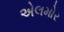
એલમોર